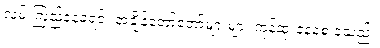
လှမ်းကြည့်နေခဲ့ရင်း အချိန်တော်တော်များများ ကုန်ဆုံးနေစေ ခဲ့သည်။